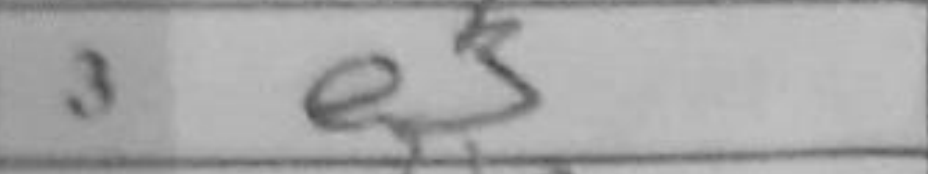
Transcription: e3